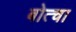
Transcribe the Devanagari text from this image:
बोत्चा